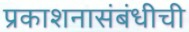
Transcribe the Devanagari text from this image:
प्रकाशनासंबंधीची